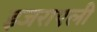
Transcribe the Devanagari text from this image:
इजराएली